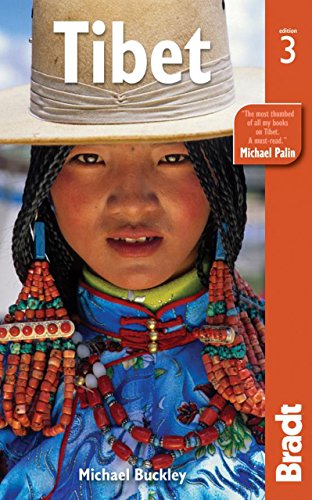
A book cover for Tibet (Bradt Travel Guide); Michael Buckley; Travel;